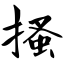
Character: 搔